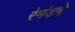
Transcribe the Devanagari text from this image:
रेमंडने